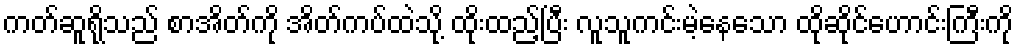
ကတ်ဆူရိုသည် စာအိတ်ကို အိတ်ကပ်ထဲသို့ ထိုးထည့်ပြီး လူသူကင်းမဲ့နေသော ထိုဆိုင်ဟောင်းကြီးကို